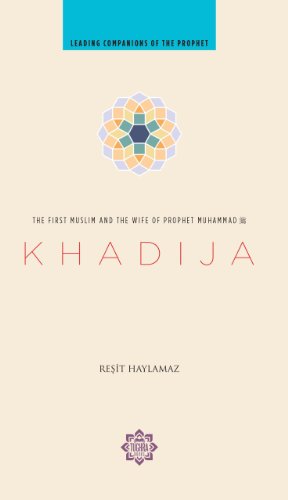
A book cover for Khadija; Resit Haylamaz; Religion & Spirituality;